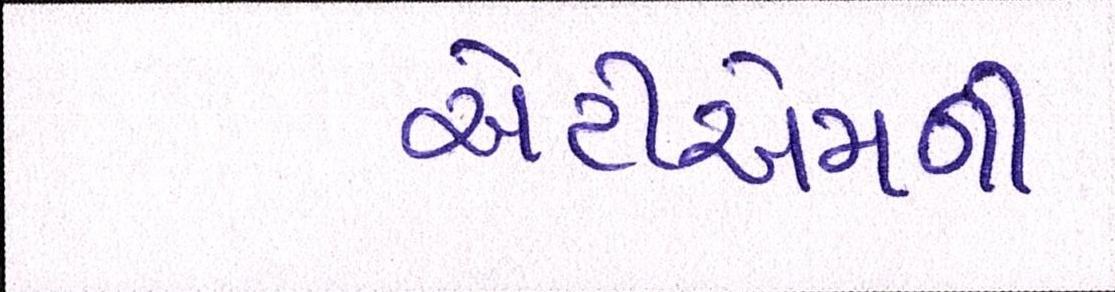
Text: એટીએમની